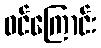
ဝင်ကြောင်း